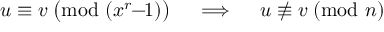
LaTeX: u \equiv v \; { \bigl ( } { \mathrm { m o d ~ } } ( x ^ { r } \! \! - \! \! 1 ) { \bigr ) } \quad \implies \quad u \not \equiv v \; ( { \mathrm { m o d ~ } } n )